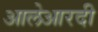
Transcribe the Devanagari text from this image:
आलेआरदी